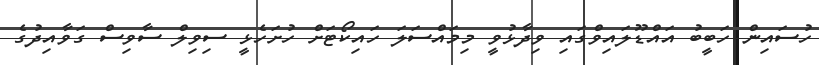
ހުސައިން ހަބީބު އައްޑޫލައިވްގައި ވިދާޅުވީ މިމައްސަލަ ހައިކޯޓަށް ހުށަހެޅީ ސިވިލް ސާވިސް ގަވާއިދުގެ